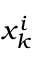
x _ { k } ^ { i }